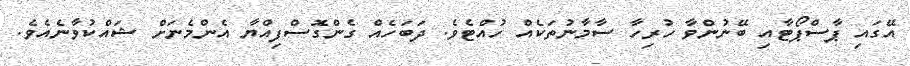
އޭގައި ޕާސްޕޯޓާއި ބޭނުންވާ ހުރިހާ ސާމާނުތަކެއް ހުއްޓެވެ. ދަބަހެއް ގެންގޮސްފިއްޔާ އެންމެނަށް ޝައްކުވާނެއެވެ.